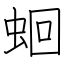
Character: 蛔